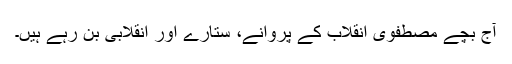
آج بچے مصطفوی انقلاب کے پروانے، ستارے اور انقلابی بن رہے ہیں۔